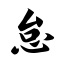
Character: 怠